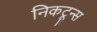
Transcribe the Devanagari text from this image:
निकटून्स